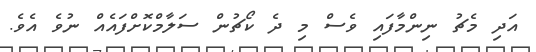
އަދި މެޗު ނިންމާފައި ވެސް މި ދެ ކޯޗުން ސަލާމްކޮށްފައެއް ނުވެ އެވެ.